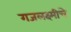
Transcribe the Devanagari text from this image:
गजलक्ष्मीचे